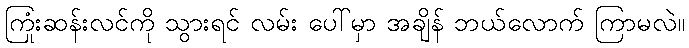
ကြုံးဆန်းလင်ကို သွားရင် လမ်း ပေါ်မှာ အချိန် ဘယ်လောက် ကြာမလဲ။